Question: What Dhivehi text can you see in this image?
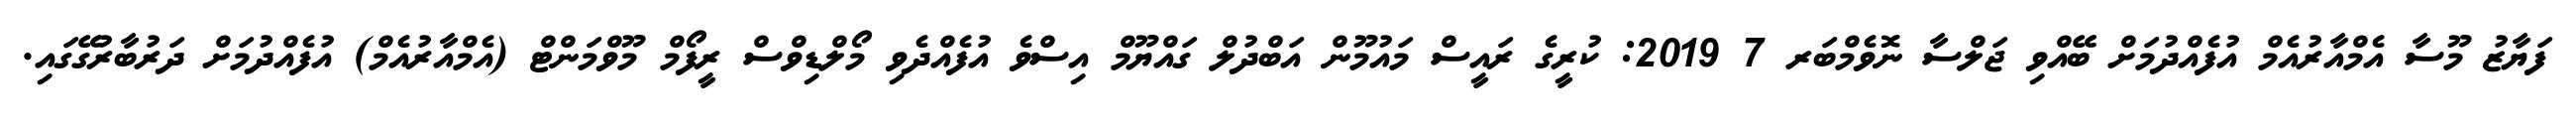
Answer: ފަޔާޒު މޫސާ އެމްއާރުއެމް އުފެއްދުމަށް ބޭއްވި ޖަލްސާ ނޮވެމްބަރ 7 2019: ކުރީގެ ރައީސް މައުމޫން އަބްދުލް ގައްޔޫމް އިސްވެ އުފެއްދެވި މޯލްޑިވްސް ރީފޯމް މޫވްމަންޓް (އެމްއާރުއެމް) އުފެއްދުމަށް ދަރުބާރުގޭގައި.